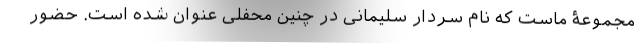
مجموعۀ ماست که نام سردار سلیمانی در چنین محفلی عنوان شده است. حضور